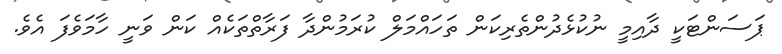
ޕަސަންޓަކީ ދާއިމީ ނުކުޅެދުންތެރިކަން ތަހައްމަލް ކުރަމުންދާ ފަރާތްތަކެއް ކަން ވަނީ ހާމަވެފަ އެވެ.